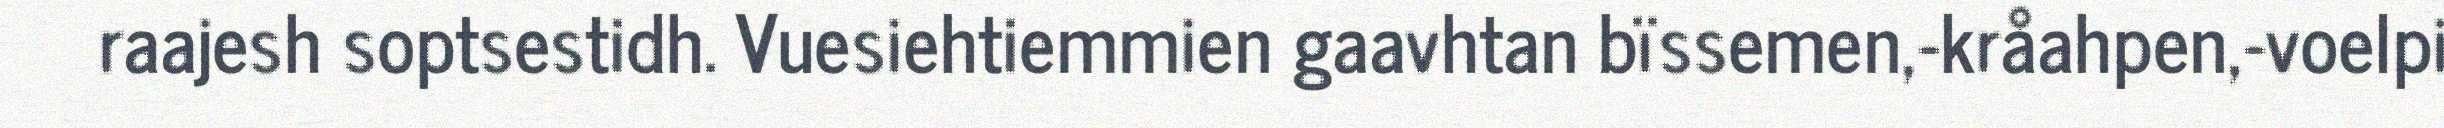
raajesh soptsestidh. Vuesiehtiemmien gaavhtan bïssemen,-kråahpen,-voelpi